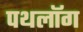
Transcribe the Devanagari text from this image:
पथलॉग